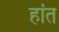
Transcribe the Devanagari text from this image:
हांत